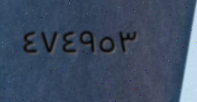
٤٧٤٩٥٣